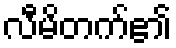
လီမိတက်၏